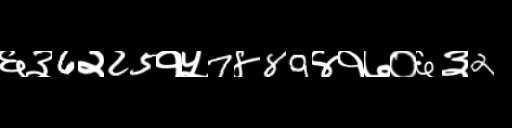
Text: ६३6२25१५7४89४१७०६३2